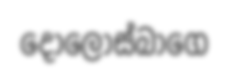
දොලොස්බාගෙ